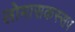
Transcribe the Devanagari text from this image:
लोमासकस्सप